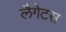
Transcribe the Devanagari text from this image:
लैगेटस